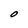
Character: O